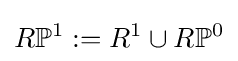
R\mathbb {P} ^{1}:=R^{1}\cup R\mathbb {P} ^{0}